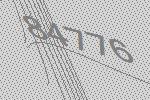
84776